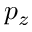
p _ { z }